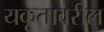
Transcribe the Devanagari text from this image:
यकृतावरील